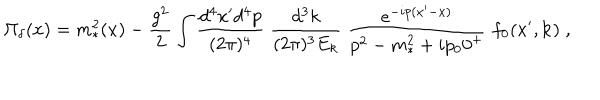
LaTeX: \Pi _ { \delta } ( x ) = m _ { * } ^ { 2 } ( x ) - { \frac { g ^ { 2 } } { 2 } } \int { \frac { d ^ { 4 } x ^ { \prime } d ^ { 4 } p } { ( 2 \pi ) ^ { 4 } } } \; { \frac { d ^ { 3 } k } { ( 2 \pi ) ^ { 3 } E _ { k } } } \; { \frac { e ^ { - i p ( x ^ { \prime } - x ) } } { p ^ { 2 } - m _ { * } ^ { 2 } + i p _ { 0 } 0 ^ { + } } } \; f _ { 0 } ( x ^ { \prime } , { \bf k } ) \; ,